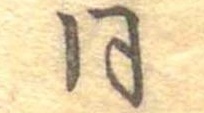
同